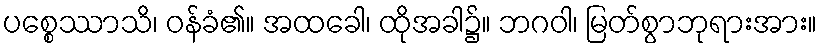
ပစ္စေဿာသိ၊ ဝန်ခံ၏။ အထခေါ၊ ထိုအခါ၌။ ဘဂဝါ၊ မြတ်စွာဘုရားအား။